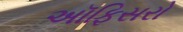
અૉફિસરો